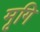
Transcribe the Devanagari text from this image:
मृगि